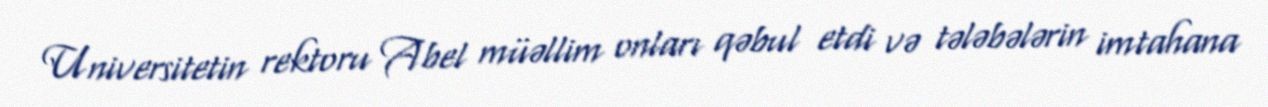
Universitetin rektoru Abel müəllim onları qəbul etdi və tələbələrin imtahana